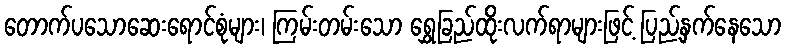
တောက်ပသောဆေးရောင်စုံများ၊ ကြမ်းတမ်းသော ရွှေခြည်ထိုးလက်ရာများဖြင့် ပြည့်နှက်နေသော